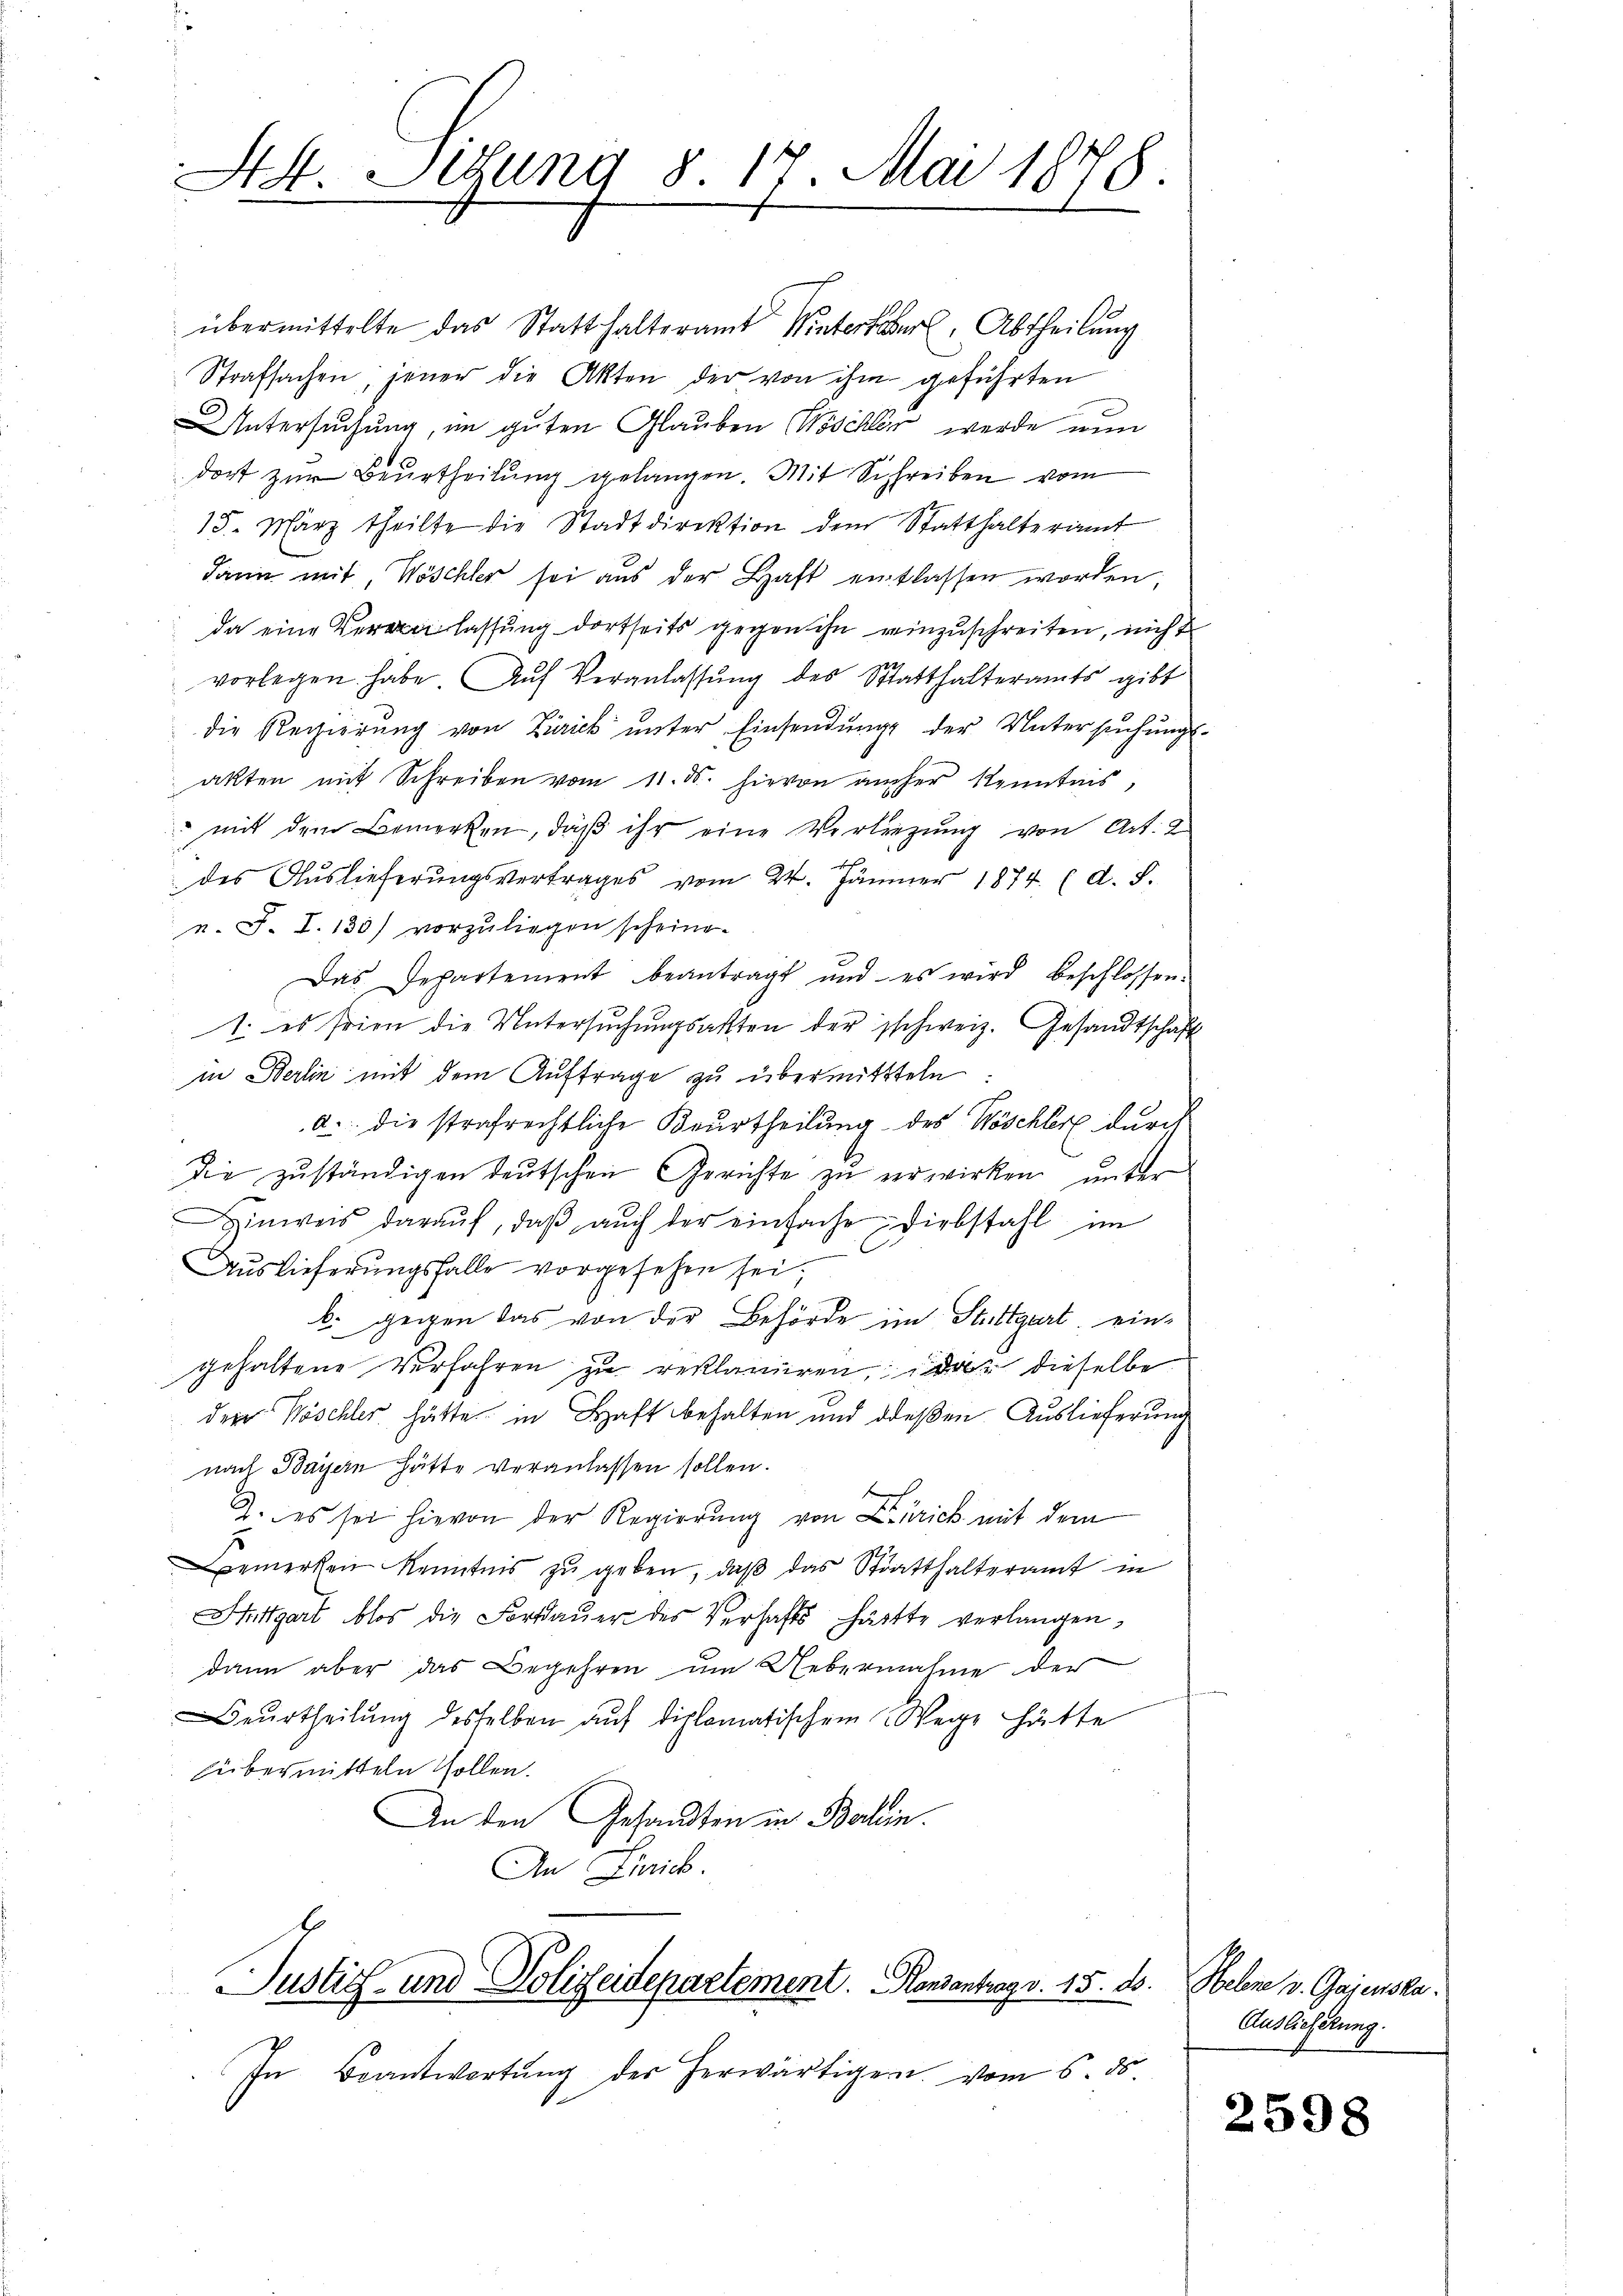
S4. Sitzung 8. 14. Mai 1878.

übermittelte das Statthalteramt Winterter Abtheilung
Strafsachen; jener die Akten der von ihm geführten
ntersuchung, im guten Glauben Möschler werde nun
dort zur Beurtheilung gelangen. Mit Sichreiben vom
15. März theilte die Stadtdirektion dem Statthalteramt
dann mit, Wöschler sei aus der Haft entlassen worden,
da eine Veranlassŭng dortseits gegen ihn einzuschreiten, nicht
vorlegen habe Aŭf Veranlassŭng des Statthalteramts gibt
die Regierung von Zürick unter Einsendung der Untersuchungs-
akten mit Schreiben vom 11. ds. hievon aucher Kenntnis,
 mit dem Bemerken, daβ ihr eine Verlegung von Art. 2
s
des Auslieferungsvertrages vom 24. Jänner 1874. d. S.
n. F. I. 130) vorzuliegen scheine.
Das Departement beantragt und es wird beschlossen.
1. es seien die Untersŭchŭngsakten der schweiz. Gesandtschaft
in Berlin mit dem Auftrage zu übermittteln
a. die strafrechtliche Beurtheilung des Wöschler durch
die zŭständigen deŭtschen Gerichte zŭ erwirken, ŭnter
Hinweis daraŭf, daβ aŭch der einfache Diebstahl im
Auslieferungsfalle vorgesehen sei,
b. gegen das von der Behörde im Stuttgart, ein-
gehaltene Verfahren zu reklamiren, da dieselbe
der Möschler hätte in Haft behalten und dießen Auslieferung
nach Bayern hätte veranlassen sollen.
2. es sei hievon der Regierung von Zürich mit dem
bemerken Kenntnis zŭ geben, daβ das Statthalteramt in
Mittgart blos die Fortdauer des Verhafts hätte verlangen,
dann aber das Begehren um Uebernahme der
Beurtheilung desselben auf diplomatischem Wege hätte
übermitteln sollen.
An den Gesandten in Berein.
An Zürich.
Justiz- und Polizeidepartement. Kansantrag v. 15. ds. Helene v. Gajenska
In Beantwortŭng der herwärtiger vom 6. ds.

Auslieferung.

2598